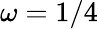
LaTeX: \omega=1/4